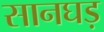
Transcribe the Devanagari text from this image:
सानघड़